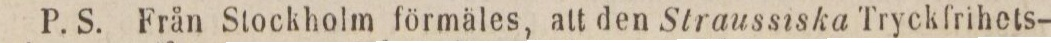
P. S. Från Stockholm förmäles, att den Straussiska Tryckfrihets-